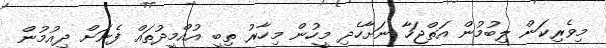
މިވެރިކަން ލިބުމުން އަތްޖަހާ ނަށާހެދި މީހުން މިހާރު ތިބީ އުއްމީދުތައް ފެނަށް ދިއުމުން